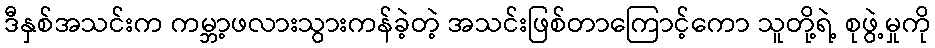
ဒီနှစ်အသင်းက ကမ္ဘာ့ဖလားသွားကန်ခဲ့တဲ့ အသင်းဖြစ်တာကြောင့်ကော သူတို့ရဲ့ စုဖွဲ့မှုကို